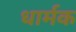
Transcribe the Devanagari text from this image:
धार्मक